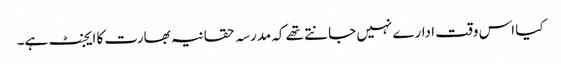
کیا اس وقت ادارے نہیں جانتے تھے کہ مدرسہ حقانیہ بھارت کا ایجنٹ ہے۔